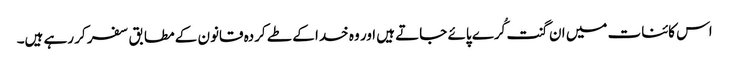
اس کائنات میں ان گنت کُرے پائے جاتے ہیں اور وہ خدا کے طے کردہ قانون کے مطابق سفر کر رہے ہیں۔